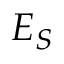
E _ { S }